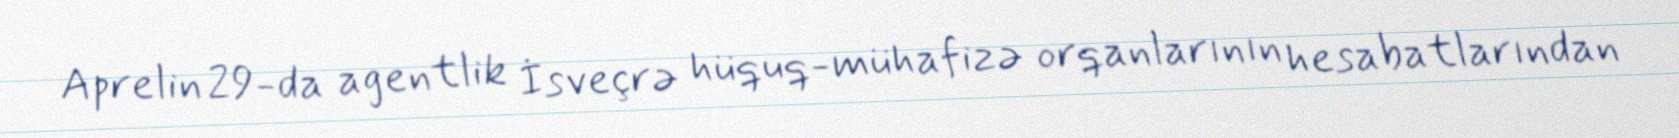
Aprelin 29-da agentlik İsveçrə hüquq-mühafizə orqanlarının hesabatlarından